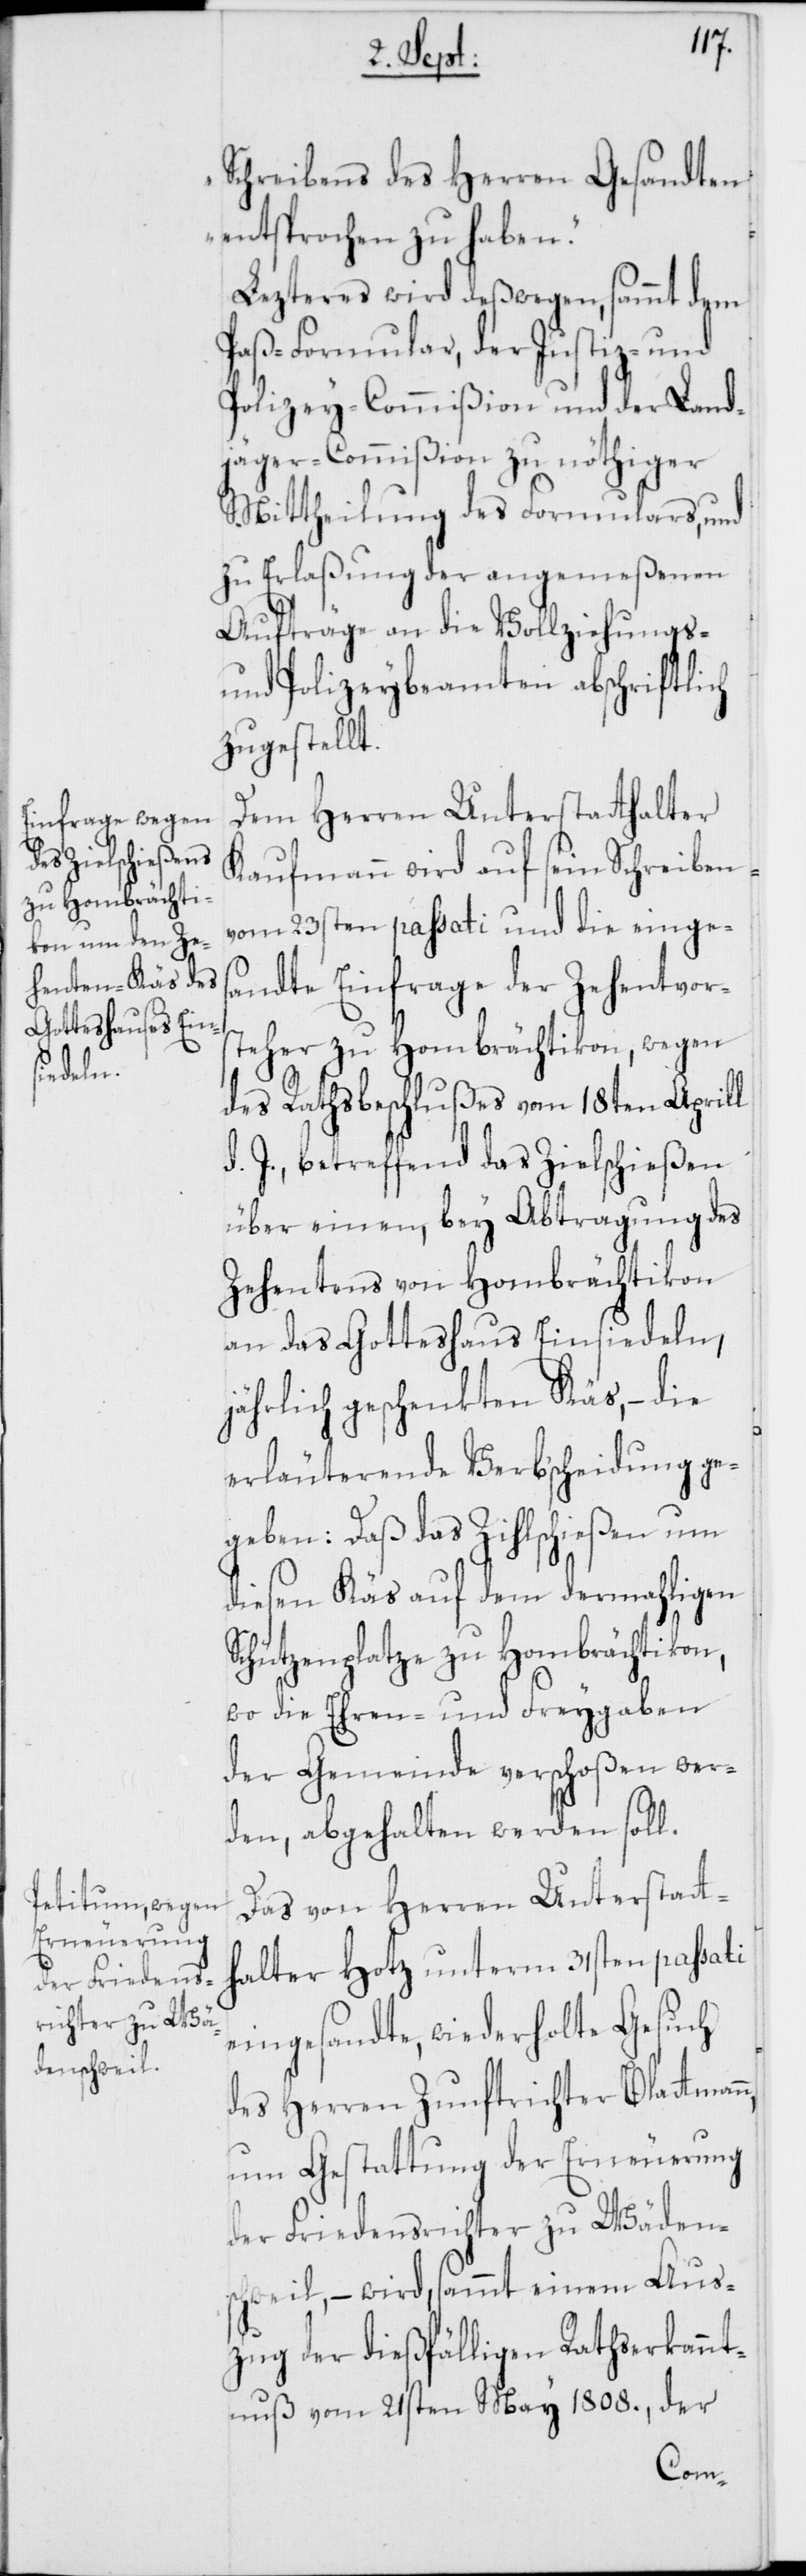
Schreibens des Herren Gesandten
entsprochen zu haben.“
Lezteres wird deßwegen, sammt dem
Paß-Formular der Justiz- und
Polizey-Commißion und der Land¬
jäger-Commißion zu nöthiger
Mittheilung des Formulars, und
zu Erlaßung der angemeßenen
Aufträge an die Vollziehungs-
und Polizeybeamten abschriftlich
zugestellt.
Dem Herren Unterstatthalter
Kaufmann wird auf sein Schreiben
vom 23sten passati und die einges¬
andte Einfrage der Zehentvor¬
steher zu Hombrächtikon, wegen
des Rathsbeschlußes vom 18ten Aprill
d. J., betreffend das Zielschießen
über einen, bey Abtragung des
Zehentens von Hombrächtikon
an das Gotteshaus Einsiedeln,
jährlich geschenkten Käs, – die
erläuterende Verbscheidung ge¬
geben: Daß das Zihlschießen um
diesen Käs auf dem dermahligen
Schützenplatze zu Hombrächtikon,
wo die Ehren- und Freygaben
der Gemeinde verschoßen wer¬
den, abgehalten werden soll.
Das von Herren Unterstatt¬
halter Hotz unterm 31sten passati
eingesandte, wiederholte Gesuch
des Herren Zunftrichter Blattmann,
um Gestattung der Erneuerung
der Friedensrichter zu Wäden¬
schweil, – wird, sammt einem Aus¬
zug der dießfälligen Rathserkannt¬
nuß vom 21sten May 1808., der